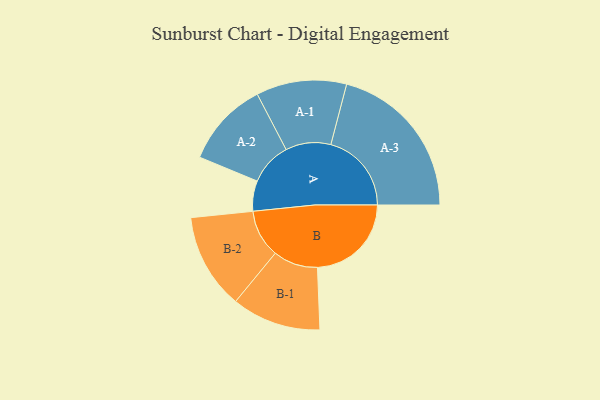
{"axis": {"x": "Segment", "y": "Value"}, "legend": ["", "A", "B"], "data": [{"x": "A", "y": 112, "type": ""}, {"x": "B", "y": 347, "type": ""}, {"x": "A-1", "y": 167, "type": "A"}, {"x": "A-2", "y": 158, "type": "A"}, {"x": "A-3", "y": 298, "type": "A"}, {"x": "B-1", "y": 165, "type": "B"}, {"x": "B-2", "y": 177, "type": "B"}]}